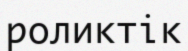
роликтік